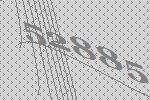
52885